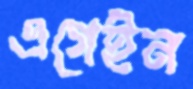
এগেইন